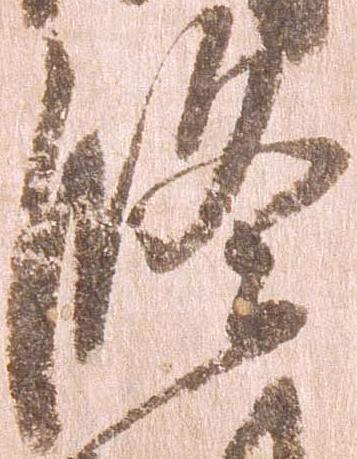
修